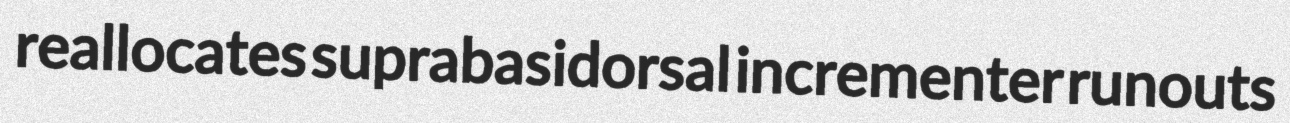
reallocates suprabasidorsal incrementer runouts